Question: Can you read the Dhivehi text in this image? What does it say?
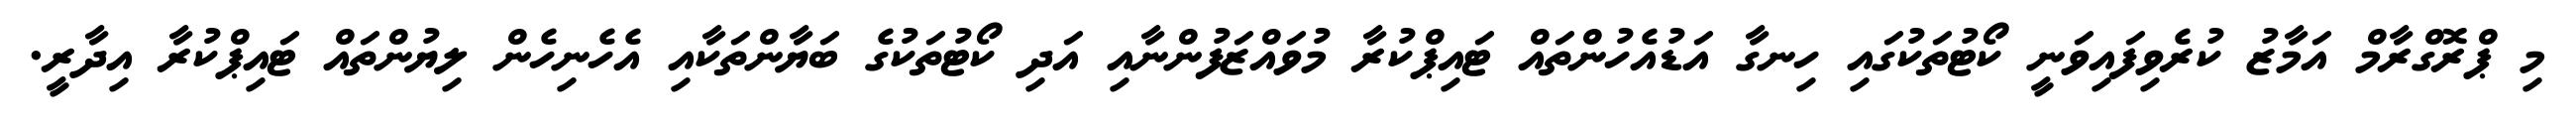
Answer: މި ޕްރޮގްރާމް އަމާޒު ކުރެވިފައިވަނީ ކޯޓުތަކުގައި ހިނގާ އަޑުއެހުންތައް ޓައިޕްކުރާ މުވައްޒަފުންނާއި އަދި ކޯޓުތަކުގެ ބަޔާންތަކާއި އެހެނިހެން ލިޔުންތައް ޓައިޕްކުރާ އިދާރީ.